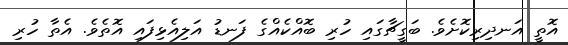
އޮތީ އަނދިރިކޮށެވެ. ބަގީޗާގައި ހުރި ބޮއްކެއްގެ ފަނޑު އަލިއެޅިފައި އޮތެވެ. އެތާ ހުރި